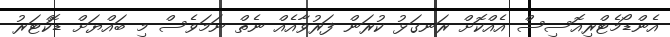
އެންޑޯމެޓްރިއޮސިސް އެއްކޮށް ރަނގަޅު ކުރަން ފަރުވާއެއް ނެތް ނަމަވެސް މި ބައްޔަށް ޑޮކްޓަރު